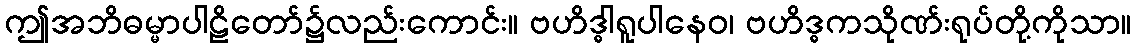
ဤအဘိဓမ္မာပါဠိတော်၌လည်းကောင်း။ ဗဟိဒ္ဓါရူပါနေဝ၊ ဗဟိဒ္ဓကသိုဏ်းရုပ်တို့ကိုသာ။